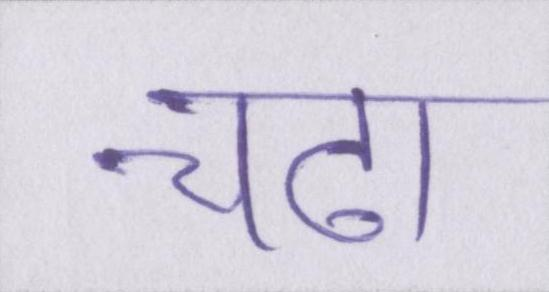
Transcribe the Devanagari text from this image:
चढा